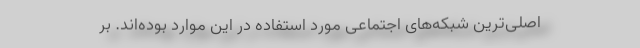
اصلی‌ترین شبکه‌های اجتماعی مورد استفاده در این موارد بوده‌اند. بر